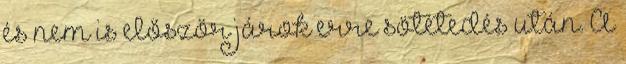
és nem is először járok erre sötétedés után. A